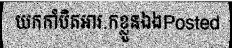
យកកាំបិតអារ.កខ្លួនឯងPosted